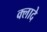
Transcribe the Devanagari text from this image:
क्लादे